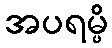
အပရမ္ပိ